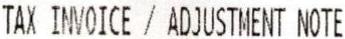
TAX INVOICE / ADJUSTMENT NOTE